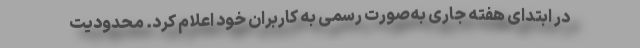
در ابتدای هفته جاری به‌صورت رسمی به کاربران خود اعلام کرد. محدودیت